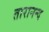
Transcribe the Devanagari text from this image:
तारानन्द